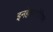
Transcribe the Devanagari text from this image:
इनहेलाटोरियम